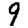
Digit: 9